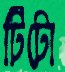
টিটো